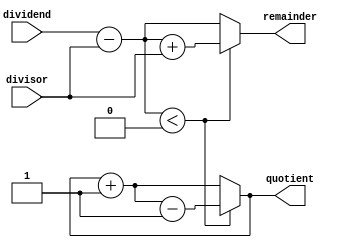
module binary_divider (
    input [7:0] dividend,
    input [7:0] divisor,
    output [7:0] quotient,
    output [7:0] remainder
);

// Arithmetic blocks
reg [7:0] subtractor_out;
reg [7:0] accumulator;
reg [7:0] quotient_reg;
reg [7:0] remainder_reg;

// Control logic
reg [3:0] count;
reg overflow;
reg divide_by_zero;

always @(*) begin
    subtractor_out = dividend - divisor;
    accumulator = subtractor_out + divisor;
    quotient_reg = quotient_reg + 1;
    remainder_reg = subtractor_out;

    if (subtractor_out < 0) begin
        quotient_reg = quotient_reg - 1;
        remainder_reg = accumulator;
    end

    if (quotient_reg > 255) begin
        overflow = 1;
    end else begin
        overflow = 0;
    end

    if (divisor == 0) begin
        divide_by_zero = 1;
    end else begin
        divide_by_zero = 0;
    end
end

assign quotient = quotient_reg;
assign remainder = remainder_reg;

endmodule